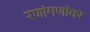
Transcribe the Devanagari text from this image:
रणांगणांवर